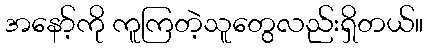
အနော့်ကို ကူကြတဲ့သူတွေလည်းရှိတယ်။